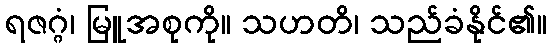
ရဇဂ္ဂံ၊ မြူအစုကို။ သဟတိ၊ သည်ခံနိုင်၏။